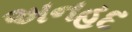
અનહદ